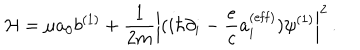
{ \cal H } = \mu a _ { 0 } b ^ { ( 1 ) } + { \frac { 1 } { 2 m } } \left| ( i \hbar \partial _ { i } - { \frac { e } { c } } a _ { i } ^ { ( \mathrm { e f f } ) } ) \psi ^ { ( 1 ) } \right| ^ { 2 } \, .